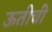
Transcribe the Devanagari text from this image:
ऊतीची